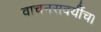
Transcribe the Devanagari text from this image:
वाचनसवयींचा